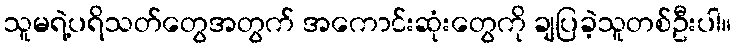
သူမရဲ့ပရိသတ်တွေအတွက် အကောင်းဆုံးတွေကို ချပြခဲ့သူတစ်ဦးပါ။